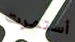
أستمرت